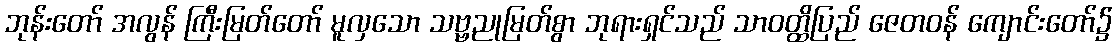
ဘုန်းတော် အလွန် ကြီးမြတ်တော် မူလှသော သဗ္ဗညုမြတ်စွာ ဘုရားရှင်သည် သာဝတ္ထိပြည် ဇေတဝန် ကျောင်းတော်၌